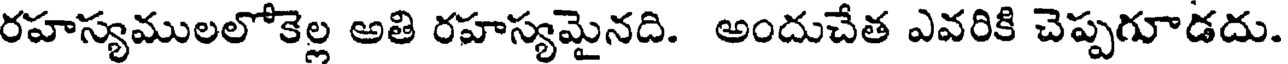
రహస్యములలోకెల్ల అతి రహస్యమైనది. అందుచేత ఎవరికి చెప్పగూడదు.